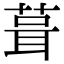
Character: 葺